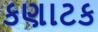
કણાટક